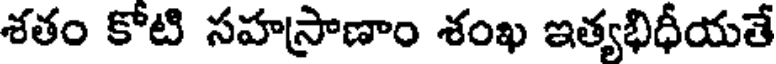
శతం కోటి సహస్రాణాం శంఖ ఇత్యభిధీయతే